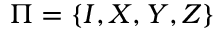
\Pi = \left\{ I , X , Y , Z \right\}